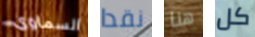
السماوي نقدا هنا كل